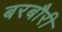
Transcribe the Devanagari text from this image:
बरबौरी